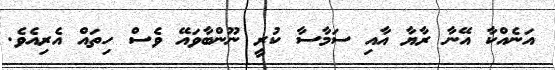
އަނެއްކާ އޭނާ ރާޔާ އާއި ސަމާސާ ކުރީ ނޫންބާވައޭ ވެސް ހިތައް އެރިއެވެ.